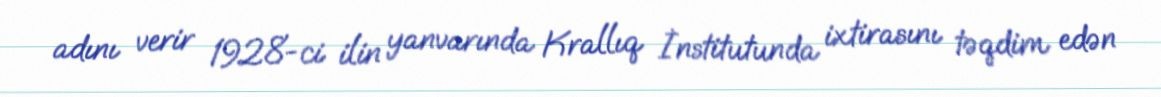
adını verir 1928-ci ilin yanvarında Krallıq İnstitutunda ixtirasını təqdim edən